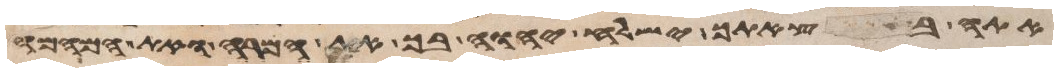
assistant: אתה בצאתך ישלח יהוה בך את המרה ואת המהמה